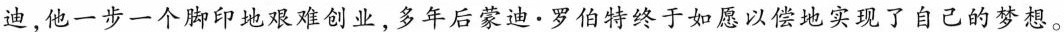
迪，他一步一个脚印地艰难创业，多年后蒙迪·罗伯特终于如愿以偿地实现了自己的梦想。